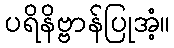
ပရိနိဗ္ဗာန်ပြုအံ့။